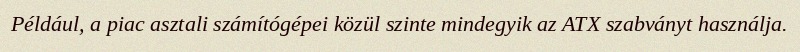
Például, a piac asztali számítógépei közül szinte mindegyik az ATX szabványt használja.